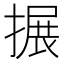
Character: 搌